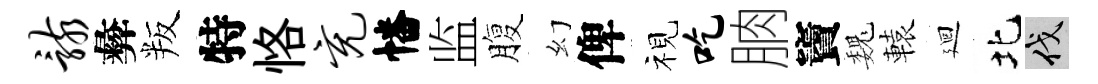
骸彜叛特恪充幡监腹幻俾视吃朒竇巍轅廻北伐